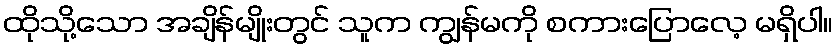
ထိုသို့သော အချိန်မျိုးတွင် သူက ကျွန်မကို စကားပြောလေ့ မရှိပါ။